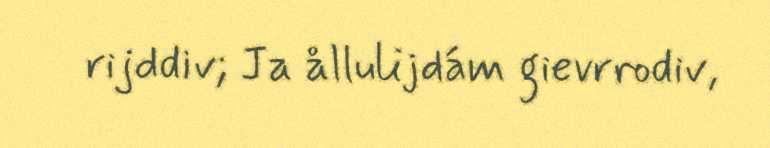
rijddiv; Ja ållulijdám gievrrodiv,